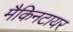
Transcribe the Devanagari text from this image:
मैकिनटायर